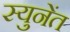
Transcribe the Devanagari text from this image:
स्युनेंत